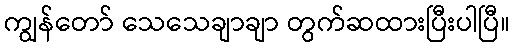
ကျွန်တော် သေသေချာချာ တွက်ဆထားပြီးပါပြီ။